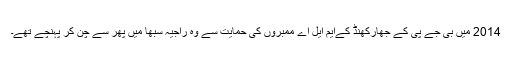
2014 میں بی جے پی کے جھارکھنڈ کےایم ایل اے ممبروں کی حمایت سے وہ راجیہ سبھا میں پھر سے چن کر پہنچے تھے۔